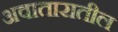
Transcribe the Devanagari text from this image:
अवातारातील